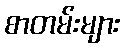
စာတမ်းများ